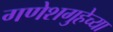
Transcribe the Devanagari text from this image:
गणेशगुहेच्या